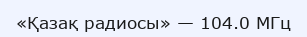
«Қазақ радиосы» — 104.0 МГц